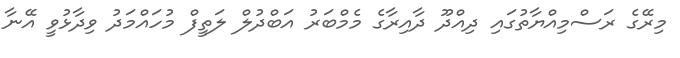
މިރޭގެ ރަސްމިއްޔާތުގައި ދިއްދޫ ދާއިރާގެ މެމްބަރު އަބްދުލް ލަތީފް މުހައްމަދު ވިދާޅުވީ އޭނާ